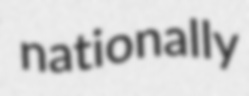
nationally